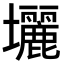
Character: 𡔉